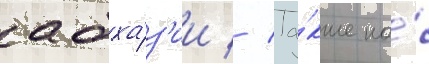
абха́з'ии // Та́кже на́